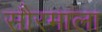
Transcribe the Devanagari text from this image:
सौरमाला